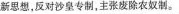
新思想，反对沙皇专制，主张废除农奴制。